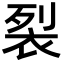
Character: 裂